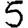
Digit: 5